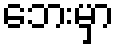
ဘေးမှာ